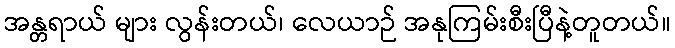
အန္တရာယ် များ လွန်းတယ်၊ လေယာဉ် အနုကြမ်းစီးပြီနဲ့တူတယ်။